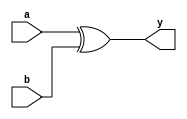
// This program was cloned from: https://github.com/JeffDeCola/my-verilog-examples
// License: MIT License

// 2-input XOR gate used in my programable-8-bit-microprocessor

module xor2_gate(
    input       a, b,     // 2-Input
    output      y);       // Output

    // GATE PRIMITIVE
    xor (y, a, b);

endmodule

module xor2_dataflow(
    input       a, b,     // 2-Input
    output      y);       // Output

    // CONTINUOUS ASSIGNMENT STATEMENT
    assign y = a ^ b;

endmodule

module xor2_behavioral(
    input       a, b,     // 2-Input
    output reg  y);       // Output

    // ALWAYS BLOCK with NON-BLOCKING PROCEDURAL ASSIGNMENT STATEMENT
    always @(a or b) begin
        y <= a ^ b;
    end

endmodule